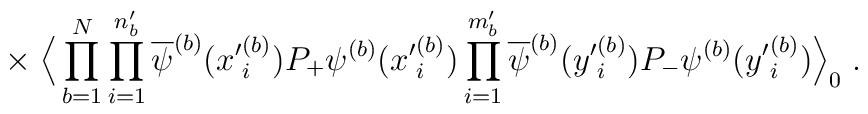
\times \; \Big\langle \prod_{b=1}^N \prod_{i=1}^{n^\prime_b} \overline{\psi}^{(b)}({x^\prime}^{(b)}_i) P_+ \psi^{(b)}({x^\prime}^{(b)}_i)\prod_{i=1}^{m^\prime_b} \overline{\psi}^{(b)}({y^\prime}^{(b)}_i) P_- \psi^{(b)}({y^\prime}^{(b)}_i) \Big\rangle_0 \; .